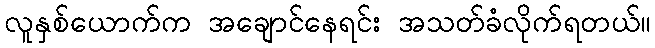
လူနှစ်ယောက်က အချောင်နေရင်း အသတ်ခံလိုက်ရတယ်။